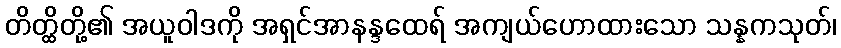
တိတ္ထိတို့၏ အယူဝါဒကို အရှင်အာနန္ဒထေရ် အကျယ်ဟောထားသော သန္နကသုတ်၊